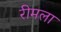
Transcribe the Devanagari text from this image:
रीमला